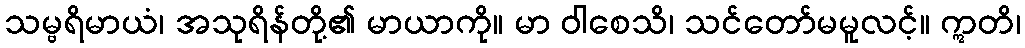
သမ္ဗရိမာယံ၊ အသုရိန်တို့၏ မာယာကို။ မာ ဝါစေသိ၊ သင်တော်မမူလင့်။ ဣတိ၊